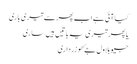
کیا آئی ہے اب پھر سے تیری باری
یا پھر تیری یہ باتیں ہیں ساری
جیو بلاول جۓ ھو زرداری